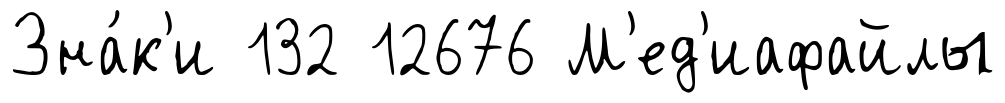
Зна́к'и 132 12676 М'ед'иафайлы